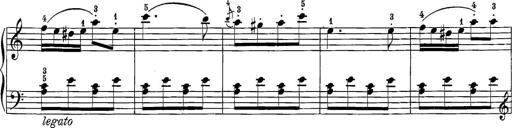
Title: 12 Sonatine per Pianoforte
Composer: Friedrich Kuhlau